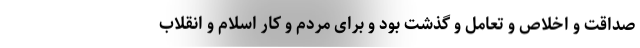
صداقت و اخلاص و تعامل و گذشت بود و برای مردم و کار اسلام و انقلاب